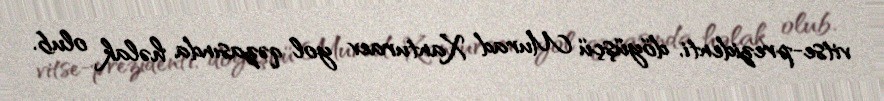
vitse-prezidenti, döyüşçü Murad Xanturaev yol qəzasında həlak olub.